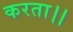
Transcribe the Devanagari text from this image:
करता।।